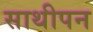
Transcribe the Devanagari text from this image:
साथीपन